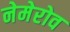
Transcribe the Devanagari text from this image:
नेमेरोव